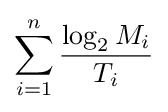
\sum _{i=1}^{n}{\frac {\log _{2}{M_{i}}}{T_{i}}}